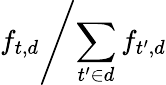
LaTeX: f_{t,d}{\Bigg/}{\sum_{t^{\prime}\in d}{f_{t^{\prime},d}}}